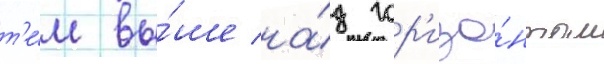
т'е́м вы́ше на́д гор'изо́нтом